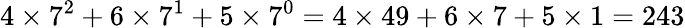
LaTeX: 4\times 7^{2}+6\times 7^{1}+5\times 7^{0}=4\times 49+6\times 7+5\times 1=243